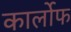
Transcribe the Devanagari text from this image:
कार्लोफ